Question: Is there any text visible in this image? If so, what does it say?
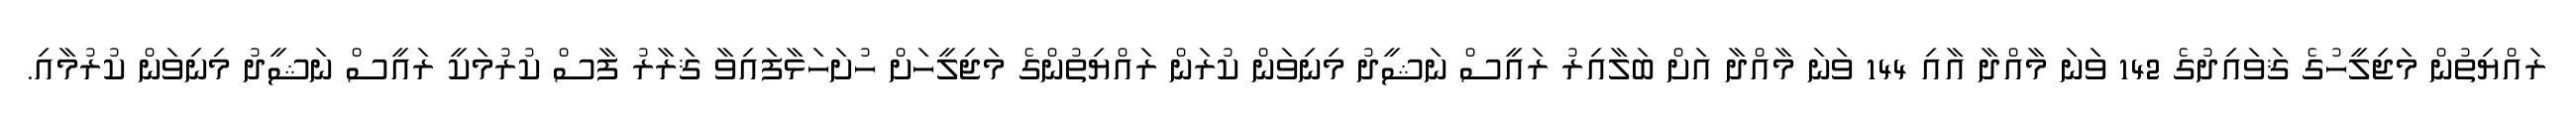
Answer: ރައްޔިތުން މަޖިލީހުގެ ޤަވައިދުގެ 142 ވަނަ މާއްދާ އާއި 144 ވަނަ މާއްދާ އަށް ބަލާއިރު ރައީސް ނަޝީދު މިނިވަން ކުރަން ރައްޔިތުންގެ މަޖިލީހަށް ހުށަހަޅާފައިވާ ޤަރާރު ފާސް ކުރުމަކީ ރައީސް ނަޝީދު މިނިވަން ކުރުމާއި.